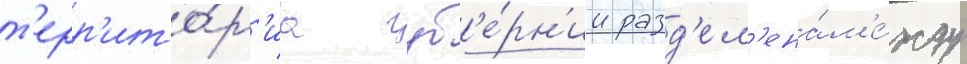
т'ерр'ито́р'иа губ'е́рн'ии разд'ел'ена́ м'е́жду